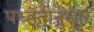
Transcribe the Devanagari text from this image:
पध्हतीनुसार